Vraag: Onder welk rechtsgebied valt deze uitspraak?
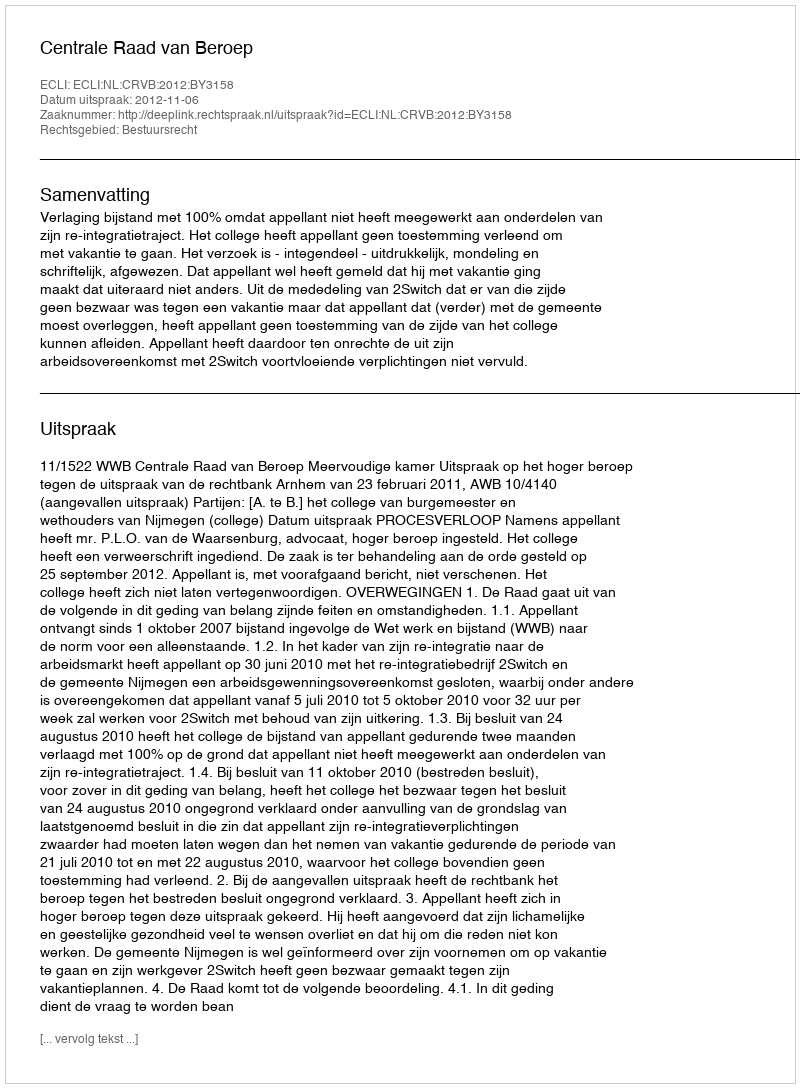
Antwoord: Bestuursrecht